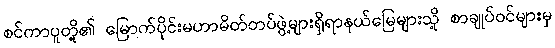
စင်ကာပူတို့၏ မြောက်ပိုင်းမဟာမိတ်တပ်ဖွဲ့များရှိရာနယ်မြေများသို့ စာချုပ်ဝင်များမှ